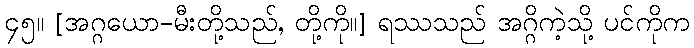
၄၅။ [အဂ္ဂယော-မီးတို့သည်, တို့ကို။] ရဿသည် အဂ္ဂိကဲ့သို့ ပင်ကိုက